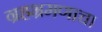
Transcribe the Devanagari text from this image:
ग्रहभ्रमणाचा